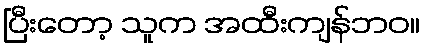
ပြီးတော့ သူက အထီးကျန်ဘဝ။